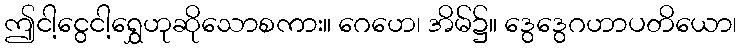
ဤငါ့ငွေငါ့ရွှေဟုဆိုသောစကား။ ဂေဟေ၊ အိမ်၌။ ဒွေဒွေဂဟာပတိယော၊